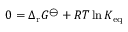
0 = \Delta _ { \mathrm { r } } G ^ { \ominus } + R T \ln K _ { \mathrm { e q } }